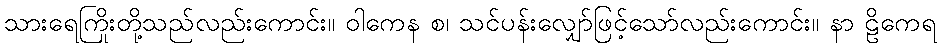
သားရေကြိုးတို့သည်လည်းကောင်း။ ဝါကေန စ၊ သင်ပန်းလျှော်ဖြင့်သော်လည်းကောင်း။ နာ ဠိကေရ